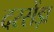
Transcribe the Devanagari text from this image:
दरसेंड़ा